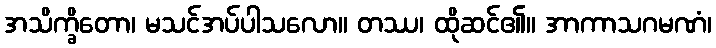
အသိက္ခိတော၊ မသင်အပ်ပါသလော။ တဿ၊ ထိုဆင်၏။ အာကာသဂမဏံ၊